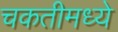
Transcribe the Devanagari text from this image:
चकतीमध्ये